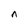
Character: n